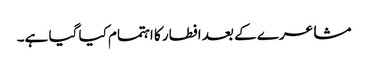
مشاعرے کے بعد افطار کا اہتمام کیا گیا ہے۔